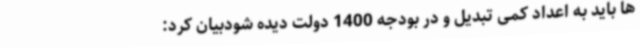
ها باید به اعداد کمی تبدیل و در بودجه 1400 دولت دیده شودبیان کرد: